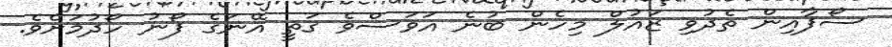
ސޯފާއިން ތެދުވި ޒައުލް މިހެން ބުނެ އަވަސްވެ ގަތީ އޭނަގެ ފޯނު ހޯދުމަށެވެ.